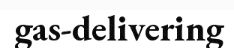
gas-delivering